Report of an investigation into the causes of the diseases known in Assam as Kála-Azár and Beri-Beri
Disease focus: Beri-Beri
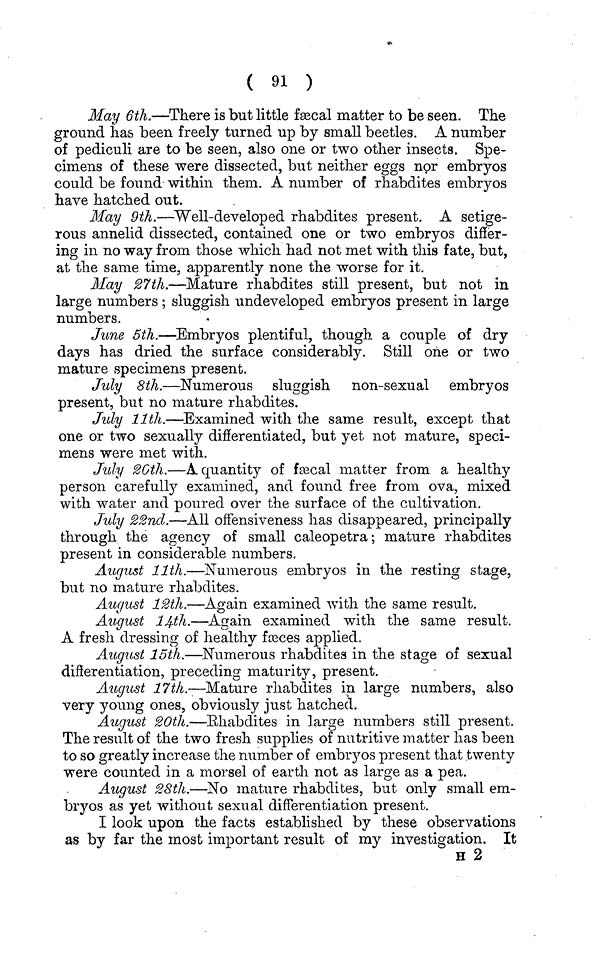
( 91 )
May 6th.—There is but little fsecal matter to be seen. The
ground has been freely turned up by small beetles. A number
of pediculi are to be seen, also one or two other insects. Spe-
cimens of these were dissected, but neither eggs npr embryos
could be found within them. A number of rhabdites embryos
have hatched out.
May 9th.—Well-developed rhabdites present. A setige-
rous annelid dissected, contained one or two embryos differ-
ing in no way from those which had not met with this fate, but,
at the same time, apparently none the worse for it.
May 27th.—Mature rhabdites still present, but not in
large numbers; sluggish undeveloped embryos present in large
numbers.
June 5th.—Embryos plentiful, though a couple of dry
days has dried the surface considerably. Still one or two
mature specimens present.
July 8th.—Numerous sluggish non-sexual embryos
present, but no mature rhabdites.
July llth.—Examined with the same result, except that
one or two sexually differentiated, but yet not mature, speci-
mens were met with.
July 2Gth.—A quantity of ftecal matter from a healthy
person carefully examined, and found free from ova, mixed
with water and poured over the surface of the cultivation.
July 22nd.—All offensiveness has disappeared, principally
through the agency of small caleopetra; mature rhabdites
present in considerable numbers.
August llth.—Numerous embryos in the resting stage,
but no mature rhabdites.
August 12th.—Again examined with the same result.
August 14th.—Again examined with the same result.
A fresh dressing of healthy fasces applied.
August 15th.—Numerous rhabditea in the stage of sexual
differentiation, preceding maturity, present.
August 17tli.—Mature rhabdites in large numbers, also
very young ones, obviously just hatched.
August 20th.—Rhabdites in large numbers still present.
The result of the two fresh supplies of nutritive matter has been
to so greatly increase the number of embryos present that twenty
were counted in a morsel of earth not as large as a pea.
August 28th.—No mature rhabdites, but only small em-
bryos as yet without sexual differentiation present.
I look upon the facts established by these observations
as by far the most important result of my investigation. It
H 2